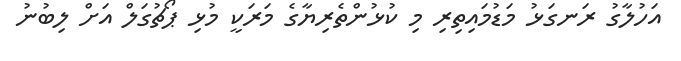
އަހުލާގު ރަނގަޅު މަޑުމައިތިރި މި ކުޅުންތެރިޔާގެ މަރަކީ މުޅި ޕޯޗުގަލް އަށް ލިބުނު